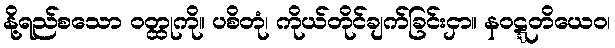
နို့ရည်စသော ဝတ္ထုကို။ ပစိတုံ၊ ကိုယ်တိုင်ချက်ခြင်းငှာ။ နဝဋ္ဋတိယေဝ၊